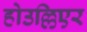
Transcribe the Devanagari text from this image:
होउल्लिएर